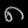
Digit: ၈